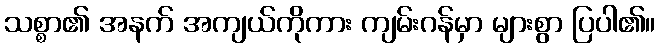
သစ္စာ၏ အနက် အကျယ်ကိုကား ကျမ်းဂန်မှာ များစွာ ပြပါ၏။